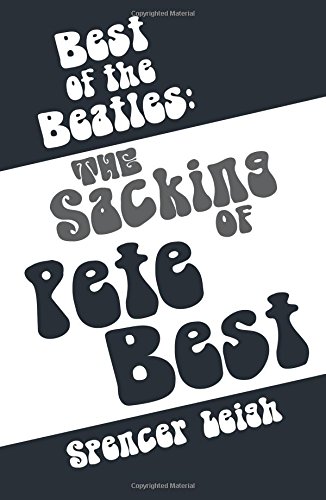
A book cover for Best of the Beatles: The Sacking of Pete Best; Spencer Leigh; Humor & Entertainment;